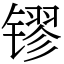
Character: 镠